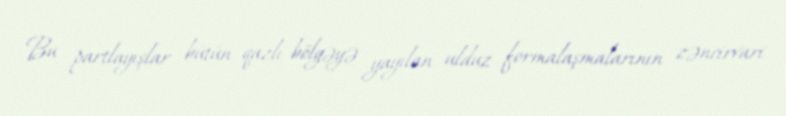
Bu partlayışlar bütün qazlı bölgəyə yayılan ulduz formalaşmalarının zəncirvari